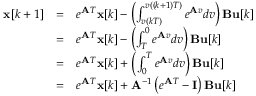
{ \begin{array} { l l l } { \mathbf { x } [ k + 1 ] } & { = } & { e ^ { \mathbf { A } T } \mathbf { x } [ k ] - \left( \int _ { v ( k T ) } ^ { v ( ( k + 1 ) T ) } e ^ { \mathbf { A } v } d v \right) \mathbf { B } \mathbf { u } [ k ] } \\ & { = } & { e ^ { \mathbf { A } T } \mathbf { x } [ k ] - \left( \int _ { T } ^ { 0 } e ^ { \mathbf { A } v } d v \right) \mathbf { B } \mathbf { u } [ k ] } \\ & { = } & { e ^ { \mathbf { A } T } \mathbf { x } [ k ] + \left( \int _ { 0 } ^ { T } e ^ { \mathbf { A } v } d v \right) \mathbf { B } \mathbf { u } [ k ] } \\ & { = } & { e ^ { \mathbf { A } T } \mathbf { x } [ k ] + \mathbf { A } ^ { - 1 } \left( e ^ { \mathbf { A } T } - \mathbf { I } \right) \mathbf { B } \mathbf { u } [ k ] } \end{array} }